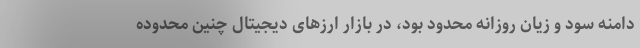
دامنه سود و زیان روزانه محدود بود، در بازار ارزهای دیجیتال چنین محدوده